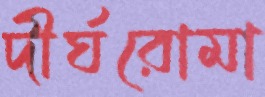
দীর্ঘরোমা